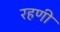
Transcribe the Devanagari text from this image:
रहणी